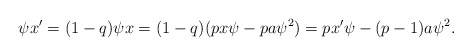
\begin{align*}\psi x' = (1-q)\psi x = (1-q)(p x \psi -p a \psi^{2}) = p x' \psi - (p-1) a \psi^2 .\end{align*}